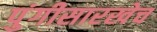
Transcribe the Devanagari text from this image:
पुंगीसारखेच